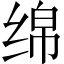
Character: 绵